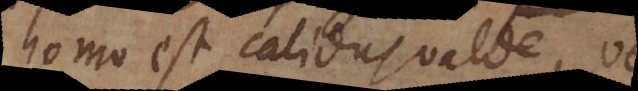
homo est calidus valde, vel